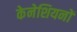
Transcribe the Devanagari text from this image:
केनेशियनों